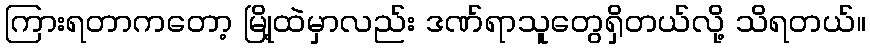
ကြားရတာကတော့ မြို့ထဲမှာလည်း ဒဏ်ရာသူတွေရှိတယ်လို့ သိရတယ်။